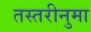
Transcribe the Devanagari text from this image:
तस्तरीनुमा